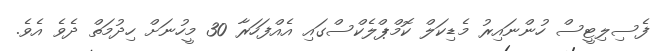
ފެސިލިޓީސް ހުންނައިރު މެޑިކަލް ކޮމްޕްލެކްސްގައި އެއްފަހަރާ 30 މީހުނަށް ހިދުމަތް ދެވެ އެވެ.